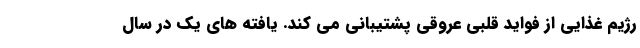
رژیم غذایی از فواید قلبی عروقی پشتیبانی می کند. یافته های یک در سال